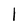
Character: 1